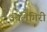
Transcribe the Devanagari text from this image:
उचलेगिरी